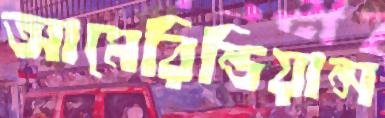
আমেরিন্ডিয়ান্স